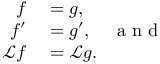
\begin{array} { r l } { f } & { { } = g , } \\ { f ^ { \prime } } & { { } = g ^ { \prime } , \quad \mathrm { ~ a ~ n ~ d ~ } } \\ { \mathcal { L } f } & { { } = \mathcal { L } g . } \end{array}